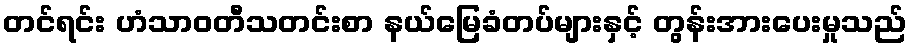
တင်ရင်း ဟံသာဝတီသတင်းစာ နယ်မြေခံတပ်များနှင့် တွန်းအားပေးမှုသည်